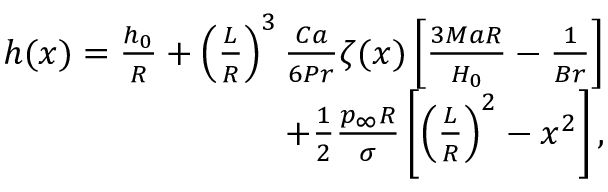
\begin{array} { r } { h ( x ) = \frac { h _ { 0 } } { R } + \left( \frac { L } { R } \right) ^ { 3 } \frac { C a } { 6 P r } \zeta ( x ) \left[ \frac { 3 M a R } { H _ { 0 } } - \frac { 1 } { B r } \right] } \\ { + \frac { 1 } { 2 } \frac { p _ { \infty } R } { \sigma } \left[ \left( \frac { L } { R } \right) ^ { 2 } - x ^ { 2 } \right] , } \end{array}